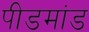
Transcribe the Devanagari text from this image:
पीडमांड